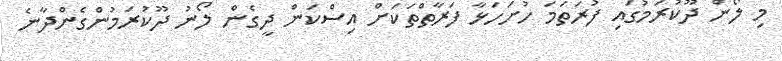
މި ލޯން ދޫކުރަމުގައި ފުރަތަމަ ހުށަހަޅާ ފަރާތްތަކަށް އިސްކަން ދީގެން ލޯނު ދޫކުރަމުންގެންދާނެ